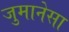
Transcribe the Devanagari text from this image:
जुमानेसा